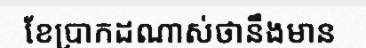
ខែប្រាកដណាស់ថានឹងមាន